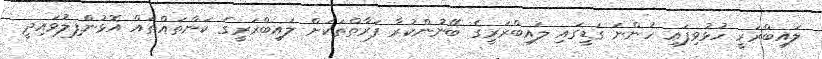
ލައިބްރަރީ ހުޅުވިފައި ހުންނަ ގަޑީގައި ލައިބްރަރީގެ ބޭނުންކުރާ ފަރާތްތަކަށް ލައިބްރަރީގެ ކަންތައްތައް އޮޅުންފިލުވައިދީ